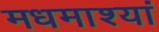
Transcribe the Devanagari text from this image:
मधमाश्यां